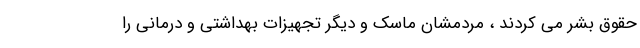
حقوق بشر می کردند ، مردمشان ماسک و دیگر تجهیزات بهداشتی و درمانی را